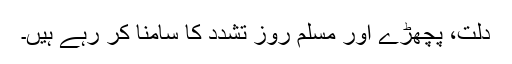
دلت، پچھڑے اور مسلم روز تشدد کا سامنا کر رہے ہیں۔